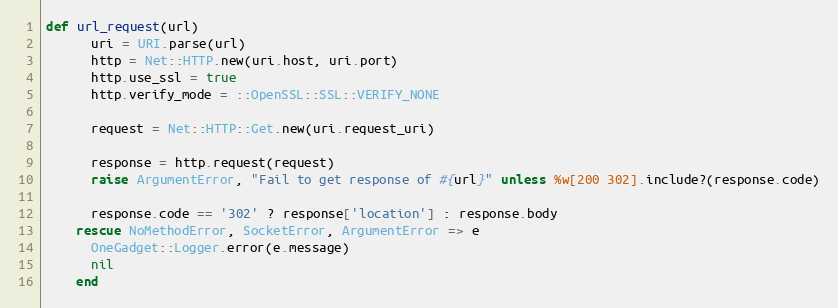
Language: Ruby
def url_request(url)
      uri = URI.parse(url)
      http = Net::HTTP.new(uri.host, uri.port)
      http.use_ssl = true
      http.verify_mode = ::OpenSSL::SSL::VERIFY_NONE

      request = Net::HTTP::Get.new(uri.request_uri)

      response = http.request(request)
      raise ArgumentError, "Fail to get response of #{url}" unless %w[200 302].include?(response.code)

      response.code == '302' ? response['location'] : response.body
    rescue NoMethodError, SocketError, ArgumentError => e
      OneGadget::Logger.error(e.message)
      nil
    end